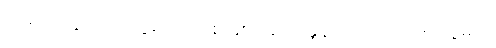
တရုတ်ငွေ ၁၀၀ ယွမ်ကို တစ် နှစ် အတိုးနှုန်းကတော့ ၄.၈ ယွမ်ပါ။